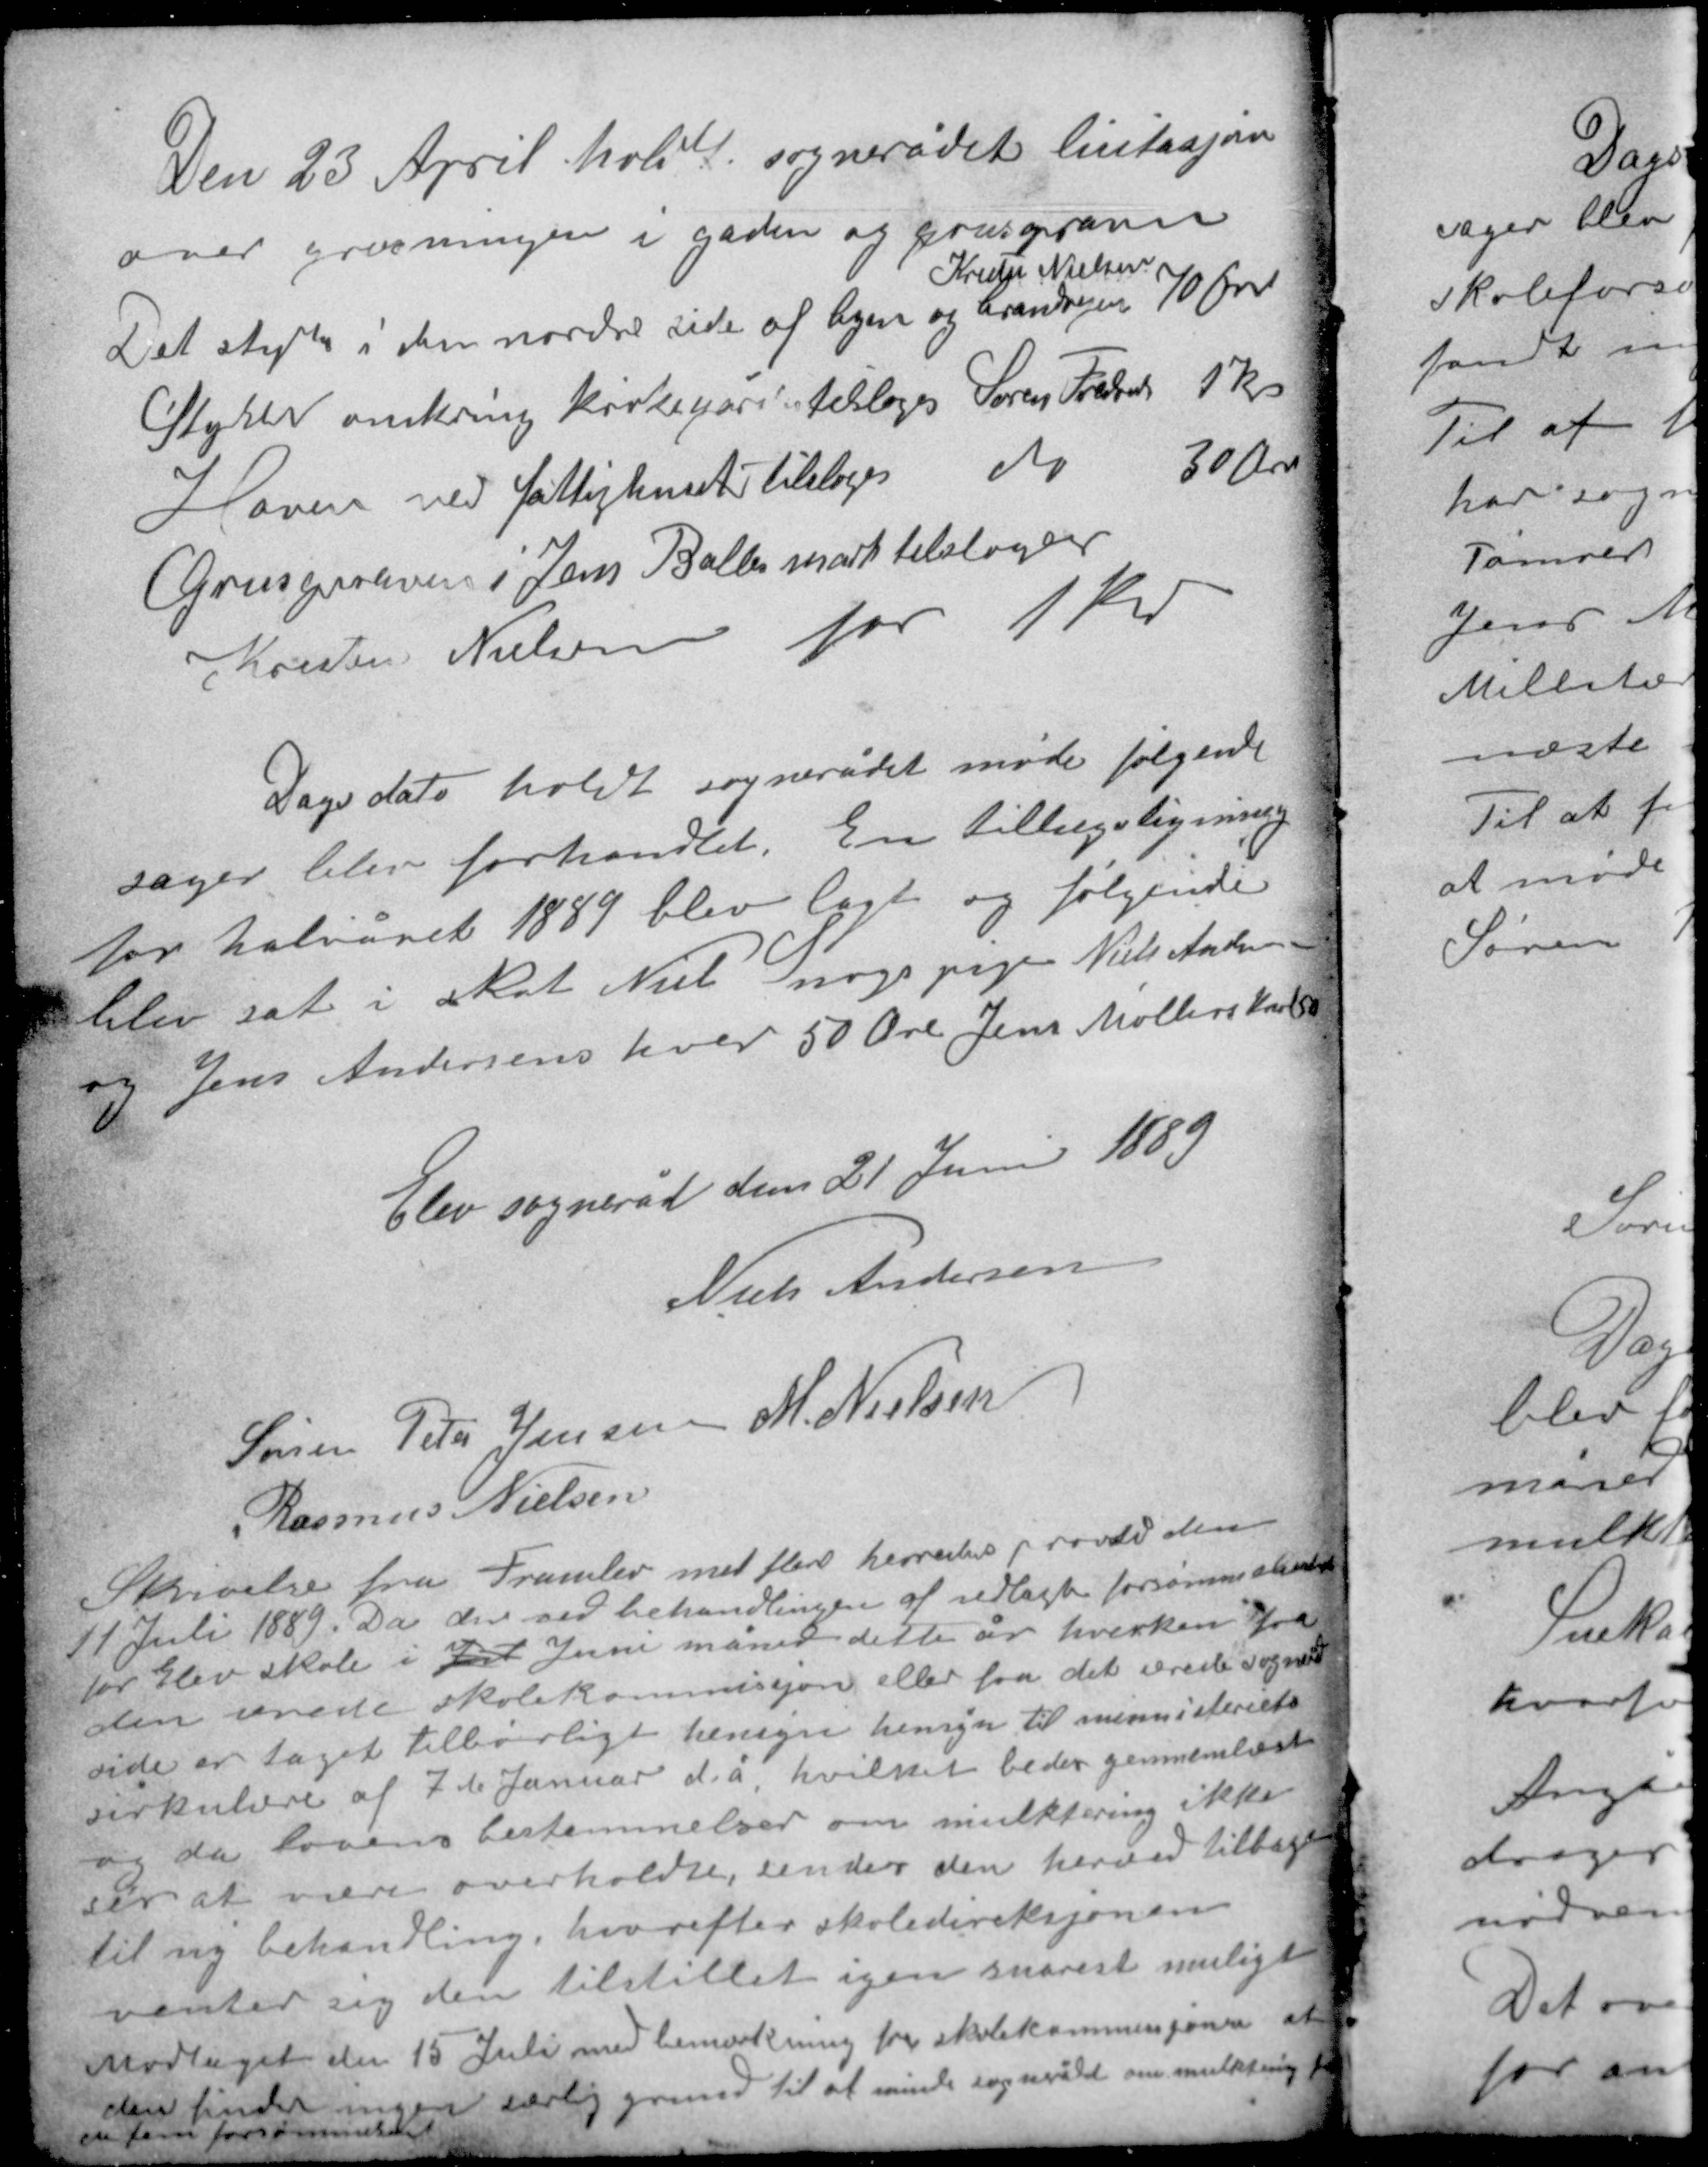
Transskription:
Den 23 April holdt sognerådet licitasjon
over gravninger i gaden og grusgraven
Kresten Nielsen
Det stykke i den nordre side af byen og Brandvejen 70 Øre
Styket omkring kirkegården tilsloges Søren Frelsen 1 kr
Haven ved fattighuset tilsloges do 30 Øre
Grusgraven i Jens Balles mark tilsloges
Kresten Nielsen for 1 kr

Dags dato holdt sognerådet møde følgende
sager blev forhandlet. En tillægsligning
for halvåret 1889 blev lagt og følgende
blev sat i skat Niels Snogs pige Niels Andersen
og Jens Andersens hver 50 Øre Jens Møllers karl 50

Elev sogneråd den 21 Juni 1889
Niels Andersen
Søren Peter Jensen M. Nielsen
Rasmus Nielsen

Skrivelse fra Framlev med flere herreders provsti den
11 Juli 1889. Da der ved behandlingen af vedlagte forsømmelsesskema
for Elev skole i Jul Juni måned dette år hverken fra
den ærede skoleskommisjon eller fra det ærede sogneråds
side er taget tilbørligt hensyn hensyn til ministeriets
cirkulære af 7de Januar d.å. hvilket bedes gennemlæst
og da lovens bestemmelser om mulktering ikke
ses at være overholdt, sendes den hermed tilbage
til ny behandling hvorefter skoledireksjonen
venter sig den tilstillet igen snarest muligt
Modtaget den 15 Juli med bemærkning fra skolekommisjonen at
den finder ingen særlig grund til at minde sognerådet om mulktering for
de fem forsømmelser.